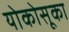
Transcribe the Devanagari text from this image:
योकोसूका